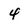
Character: 4